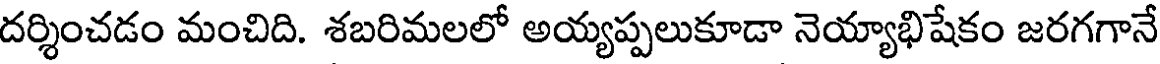
దర్శించడం మంచిది. శబరిమలలో అయ్యప్పలుకూడా నెయ్యాభిషేకం జరగగానే